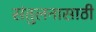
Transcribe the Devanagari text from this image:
संतुलनासाठी